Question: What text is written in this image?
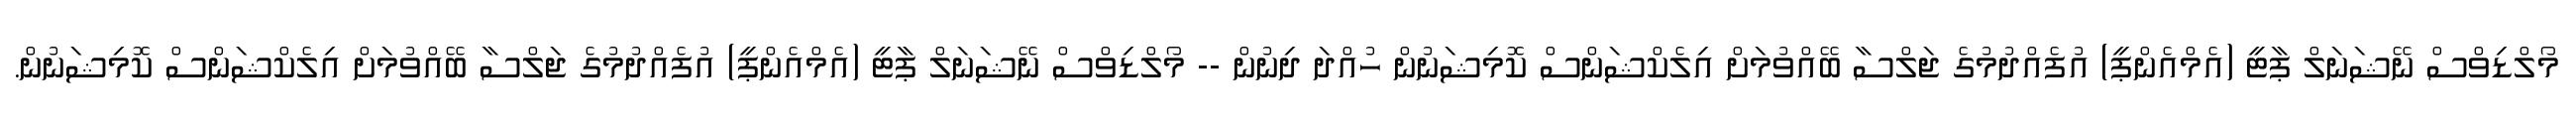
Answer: މޯލްޑިވްސް ނޭޝަނަލް ޕާޓީ (އެމްއެންޕީ) އުފެއްދުމުގެ ޖަލްސާ ބޭއްވުމަށް އިލެކްޝަންސް ކޮމިޝަނުން ހުއްދަ ދިނުން -- މޯލްޑިވްސް ނޭޝަނަލް ޕާޓީ (އެމްއެންޕީ) އުފެއްދުމުގެ ޖަލްސާ ބޭއްވުމަށް އިލެކްޝަންސް ކޮމިޝަނުން.